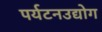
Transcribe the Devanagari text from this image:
पर्यटनउद्योग